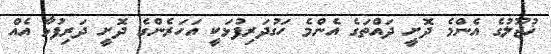
ޚުޖޫލުގެ އެންމެ ދޮށީ ދައްތަގެ އެންމެ ހަގުދަރިފުޅަކީ އަހަރެންގެ ދޮށީ ދަރިފުޅާ އެއް